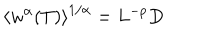
LaTeX: \left\langle w ^ { \alpha } ( T ) \right\rangle ^ { 1 / \alpha } = L ^ { - p } D